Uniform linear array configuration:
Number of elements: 12
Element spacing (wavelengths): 1
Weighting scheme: exponential
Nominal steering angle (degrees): -45
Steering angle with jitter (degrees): -43.904
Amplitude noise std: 0.05
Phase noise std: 0.05

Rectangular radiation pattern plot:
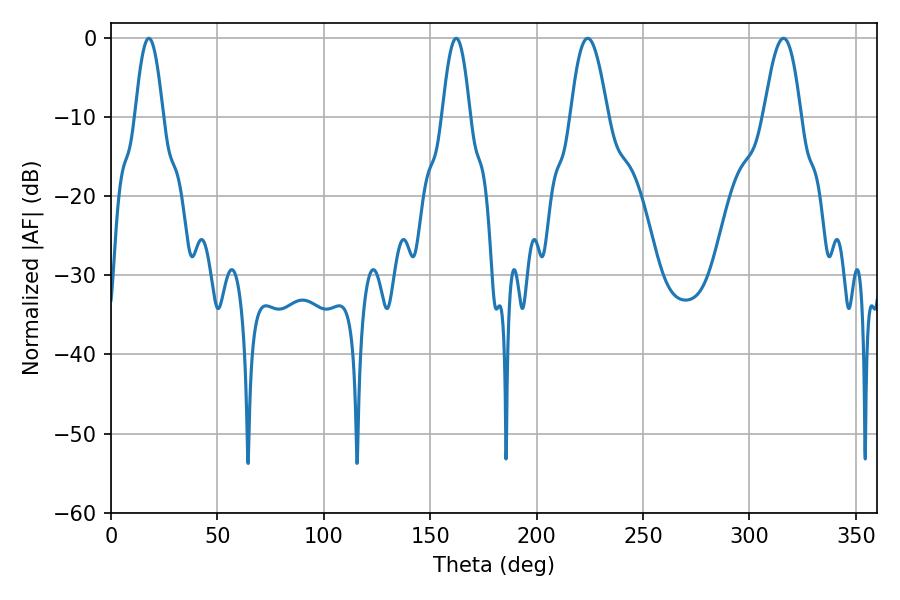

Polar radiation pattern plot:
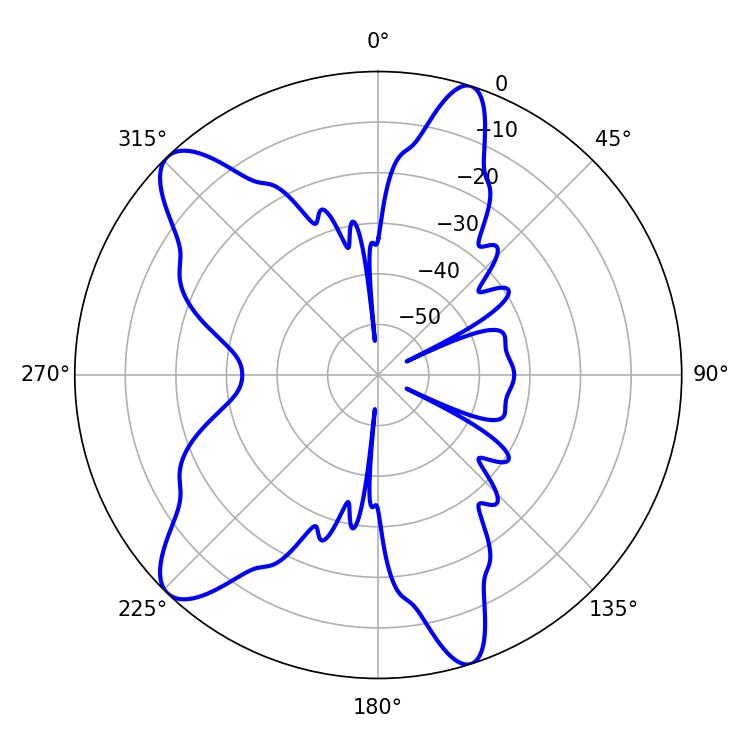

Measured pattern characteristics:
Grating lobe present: TRUE
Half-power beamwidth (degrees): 7.2
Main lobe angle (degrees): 17.82